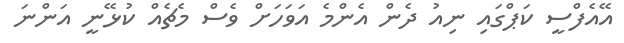
އޭއެފްސީ ކަޕްގައި ނިއު ދެން އެންމެ އަވަހަށް ވެސް މެޗެއް ކުޅޭނީ އަންނަ